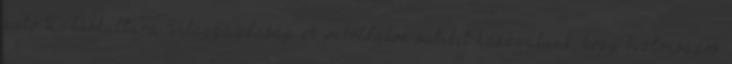
autó Lakáskultúra Világgazdaság A weboldalon sütiket használunk, hogy biztonságos